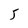
Character: 5